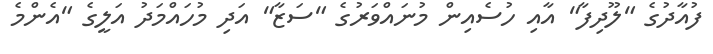
ފުއާދުގެ "ލޫދިފާ" އާއި ހުސެއިން މުނައްވަރުގެ "ސަޒާ" އަދި މުހައްމަދު އަލީގެ "އެންމެ